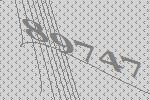
89747